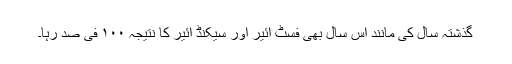
گذشتہ سال کی مانند اس سال بھی فسٹ ائیر اور سیکنڈ ائیر کا نتیجہ ۱۰۰ فی صد رہا۔